Report on the working of the Ranchi Indian Mental Hospital, Kanke, in Bihar and Orissa - 1930-1940
Year: 1930
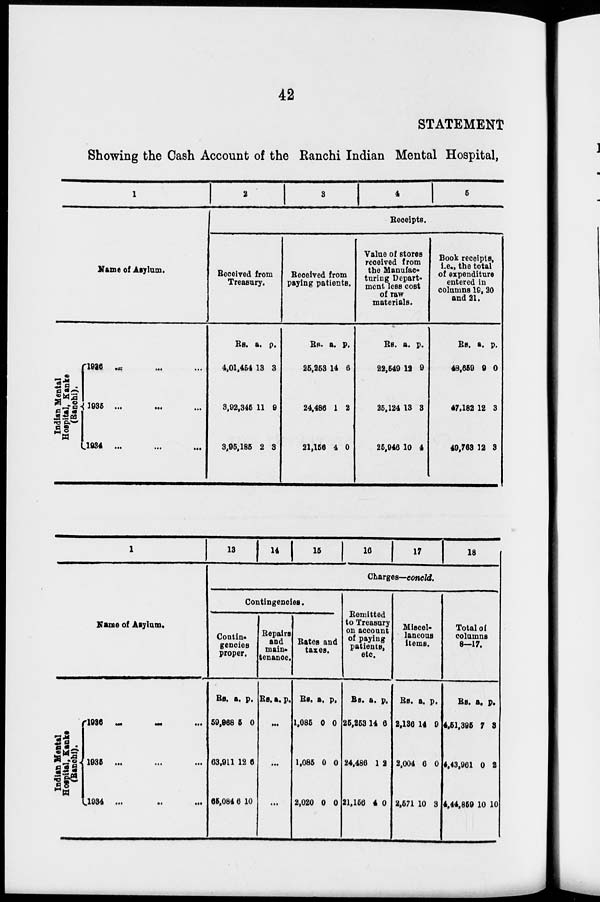
42
STATEMENT
Showing the Cash Account of the Ranchi Indian Mental Hospital,
1
Name of Asylum.
Indian Mental
Hospital, Kanke
(Ranchi).
1936 ... ... ...
1935 ... ... ...
1934 ... ... ...
2
3
4
5
Receipts.
Received from
Treasury.
Rs.
4,01,454
3,92,345
3,95,185
a.
13
11
2
p.
3
9
3
Received from
paying patients.
Rs.
25,253
24,486
21,156
a.
14
1
4
p.
6
2
0
Value of stores
received from
the Manufac-
turing Depart-
ment less cost
of raw
materials.
Rs.
22,549
25,124
25,946
a.
12
13
10
p.
9
3
4
Book receipts,
i.e., the total
of expenditure
entered in
columns 19, 20
and 21.
Rs.
48,659
47,182
49,763
a.
9
12
12
p.
0
3
3
1
Name of Asylum.
Indian Mental
Hospital, Kanke
(Ranchi).
1936
...
...
...
1935
...
...
...
1934 ...
...
...
13
14
15
16
17
18
Charges—concld.
Contingencies.
Contin-
gencies
proper.
Rs.
59,968
63,911
65,084
a.
5
12
6
p.
0
6
10
Repairs
and
main-
tenance.
Rs. a. p.
...
...
...
Rates and
taxes.
Rs.
1,085
1,085
2,020
a.
0
0
0
p.
0
0
0
Remitted
to Treasury
on account
of paying
patients,
etc.
Rs.
25,253
24,486
21,156
a.
14
1
4
p.
6
2
0
Miscel-
laneous
items.
Rs.
2,136
2,004
2,571
a.
14
6
10
p.
9
0
3
Total of
columns
8—17.
Rs.
4,51,395
4,43,961
4,44,859
a.
7
0
10
p.
3
2
10